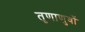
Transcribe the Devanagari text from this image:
तृणाणुवों